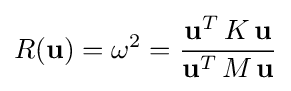
R({\textbf {u}})=\omega ^{2}={\frac {{\textbf {u}}^{T}\,K\,{\textbf {u}}}{{\textbf {u}}^{T}\,M\,{\textbf {u}}}}